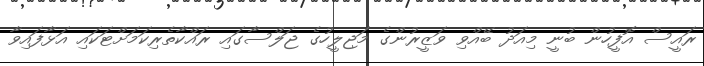
ރައީސް އޮފީހުން ބުނީ މިއަދު ބޭއްވި ވަޒީރުންގެ މަޖިލީހުގެ ޖަލްސާގައި ރައްކާތެރިކަމަށްޓަކައި އަޅާފައިވާ